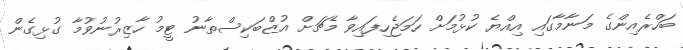
ބަހްރެއިންގެ މަނާމާގައި އިއްޔެ ކުޅުމަށް ހަމަޖެހިފައިވާ މެޗަށް އުޒްބަކިސްތާނު ޓީމު ހާޒިރުނުވުމާ ގުޅިގެން